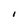
Character: I